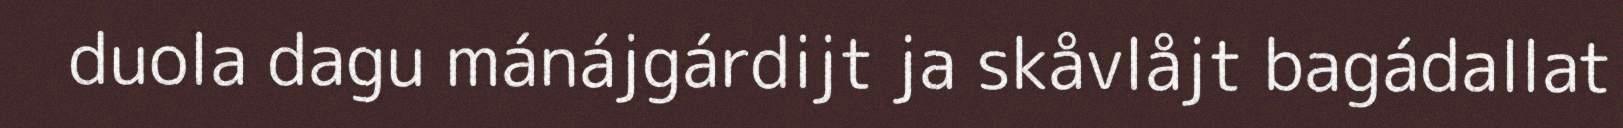
duola dagu mánájgárdijt ja skåvlåjt bagádallat